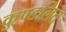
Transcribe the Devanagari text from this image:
कुण्डलित